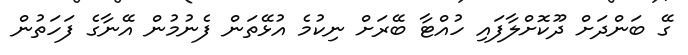
ގޭ ބަންދަށް ދޫކޮށްލާފައި ހުއްޓާ ބޭރަށް ނިކުމެ އުޅޭތަން ފެނުމުން އޭނާގެ ފަހަތުން